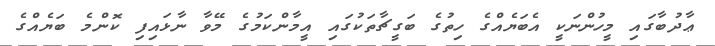
ޢާދުބާގައި މީހުންނަކީ އެބަޔެއްގެ ހިތުގެ ބަގީޗާތަކުގައި އީމާންކަމުގެ މޭވާ ނާޅައިފި ކޮންމެ ބަޔެއްގެ